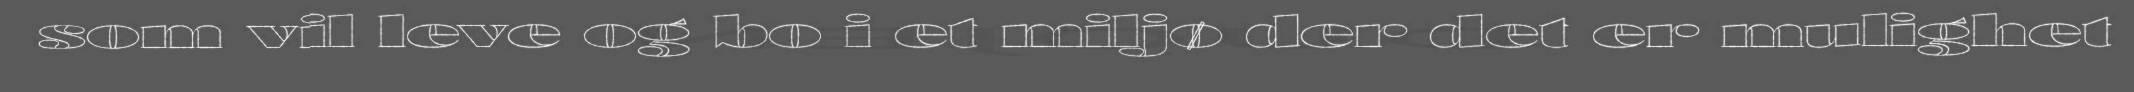
som vil leve og bo i et miljø der det er mulighet